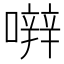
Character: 𡁈